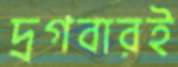
দ্রগবারই